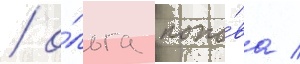
/ о́льга попо́ва /